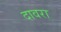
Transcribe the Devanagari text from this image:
दावरा